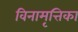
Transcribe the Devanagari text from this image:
विनामृत्तिका